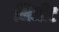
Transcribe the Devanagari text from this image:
भिजीट